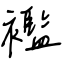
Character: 襤